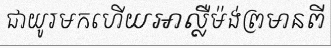
ជាយូរមកហើយអាល្លឺម៉ង់ព្រមានពី